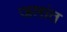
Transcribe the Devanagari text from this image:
जलांत